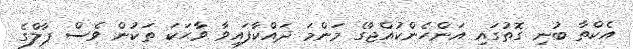
އެކްތާ ބުނި ގޮތުގައި އަންހެންކުއްޖާގެ މަންމަ ދައްކާފައިވާ ވާޙަކަ ތަކުން ވެސް ޕާލްގެ